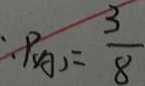
P _ { ( A ) } = \frac { 3 } { 8 }